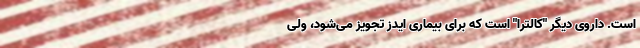
است. داروی دیگر "کالترا" است که برای بیماری ایدز تجویز می‌شود، ولی